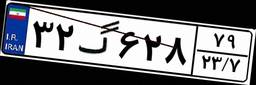
۳۲گ۶۲۸۷۹